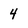
Character: 4